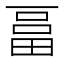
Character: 𤲇